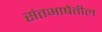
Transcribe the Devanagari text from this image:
संतभाषेतील